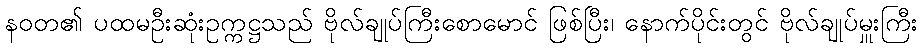
နဝတ၏ ပထမဦးဆုံးဥက္ကဋ္ဌသည် ဗိုလ်ချုပ်ကြီးစောမောင် ဖြစ်ပြီး၊ နောက်ပိုင်းတွင် ဗိုလ်ချုပ်မှူးကြီး